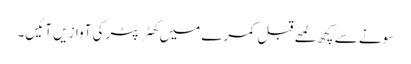
سونے سے کچھ لمحے قبل کمرے میں کھٹر پٹر کی آوازیں آئیں۔